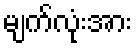
မျက်လုံးအား